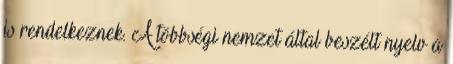
is rendelkeznek. A többségi nemzet által beszélt nyelv a